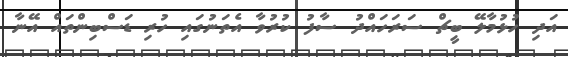
އަދި ހުޅުމާލޭ ބީޗް ސަރަހައްދު ސާފު ކުރުވާ އެތަނުގައި ހުރި ޑަސްބިންތައް އޭނާ